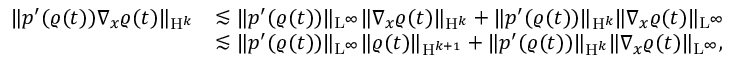
\begin{array} { r l } { \Vert p ^ { \prime } ( \varrho ( t ) ) \nabla _ { x } \varrho ( t ) \Vert _ { \mathrm { H } ^ { k } } } & { \lesssim \Vert p ^ { \prime } ( \varrho ( t ) ) \Vert _ { \mathrm { L } ^ { \infty } } \Vert \nabla _ { x } \varrho ( t ) \Vert _ { \mathrm { H } ^ { k } } + \Vert p ^ { \prime } ( \varrho ( t ) ) \Vert _ { \mathrm { H } ^ { k } } \Vert \nabla _ { x } \varrho ( t ) \Vert _ { \mathrm { L } ^ { \infty } } } \\ & { \lesssim \Vert p ^ { \prime } ( \varrho ( t ) ) \Vert _ { \mathrm { L } ^ { \infty } } \Vert \varrho ( t ) \Vert _ { \mathrm { H } ^ { k + 1 } } + \Vert p ^ { \prime } ( \varrho ( t ) ) \Vert _ { \mathrm { H } ^ { k } } \Vert \nabla _ { x } \varrho ( t ) \Vert _ { \mathrm { L } ^ { \infty } } , } \end{array}